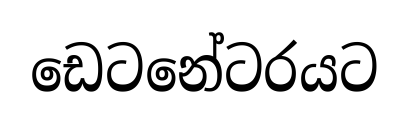
ඩෙටනේටරයට